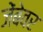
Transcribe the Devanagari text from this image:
जेंबेवर